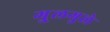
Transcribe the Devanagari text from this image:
गु्लगुले